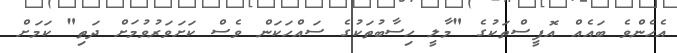
އެހެންވެ ބައެއް އޮފީސްތަކުގެ "މާލީ ހިސާބުތަކުގެ ސައްހަކަން ވެސް ކަށަވަރުވުމަށް ދަތި" ކަމަށް